Eesti_Teaduste_Akadeemia, lk 83
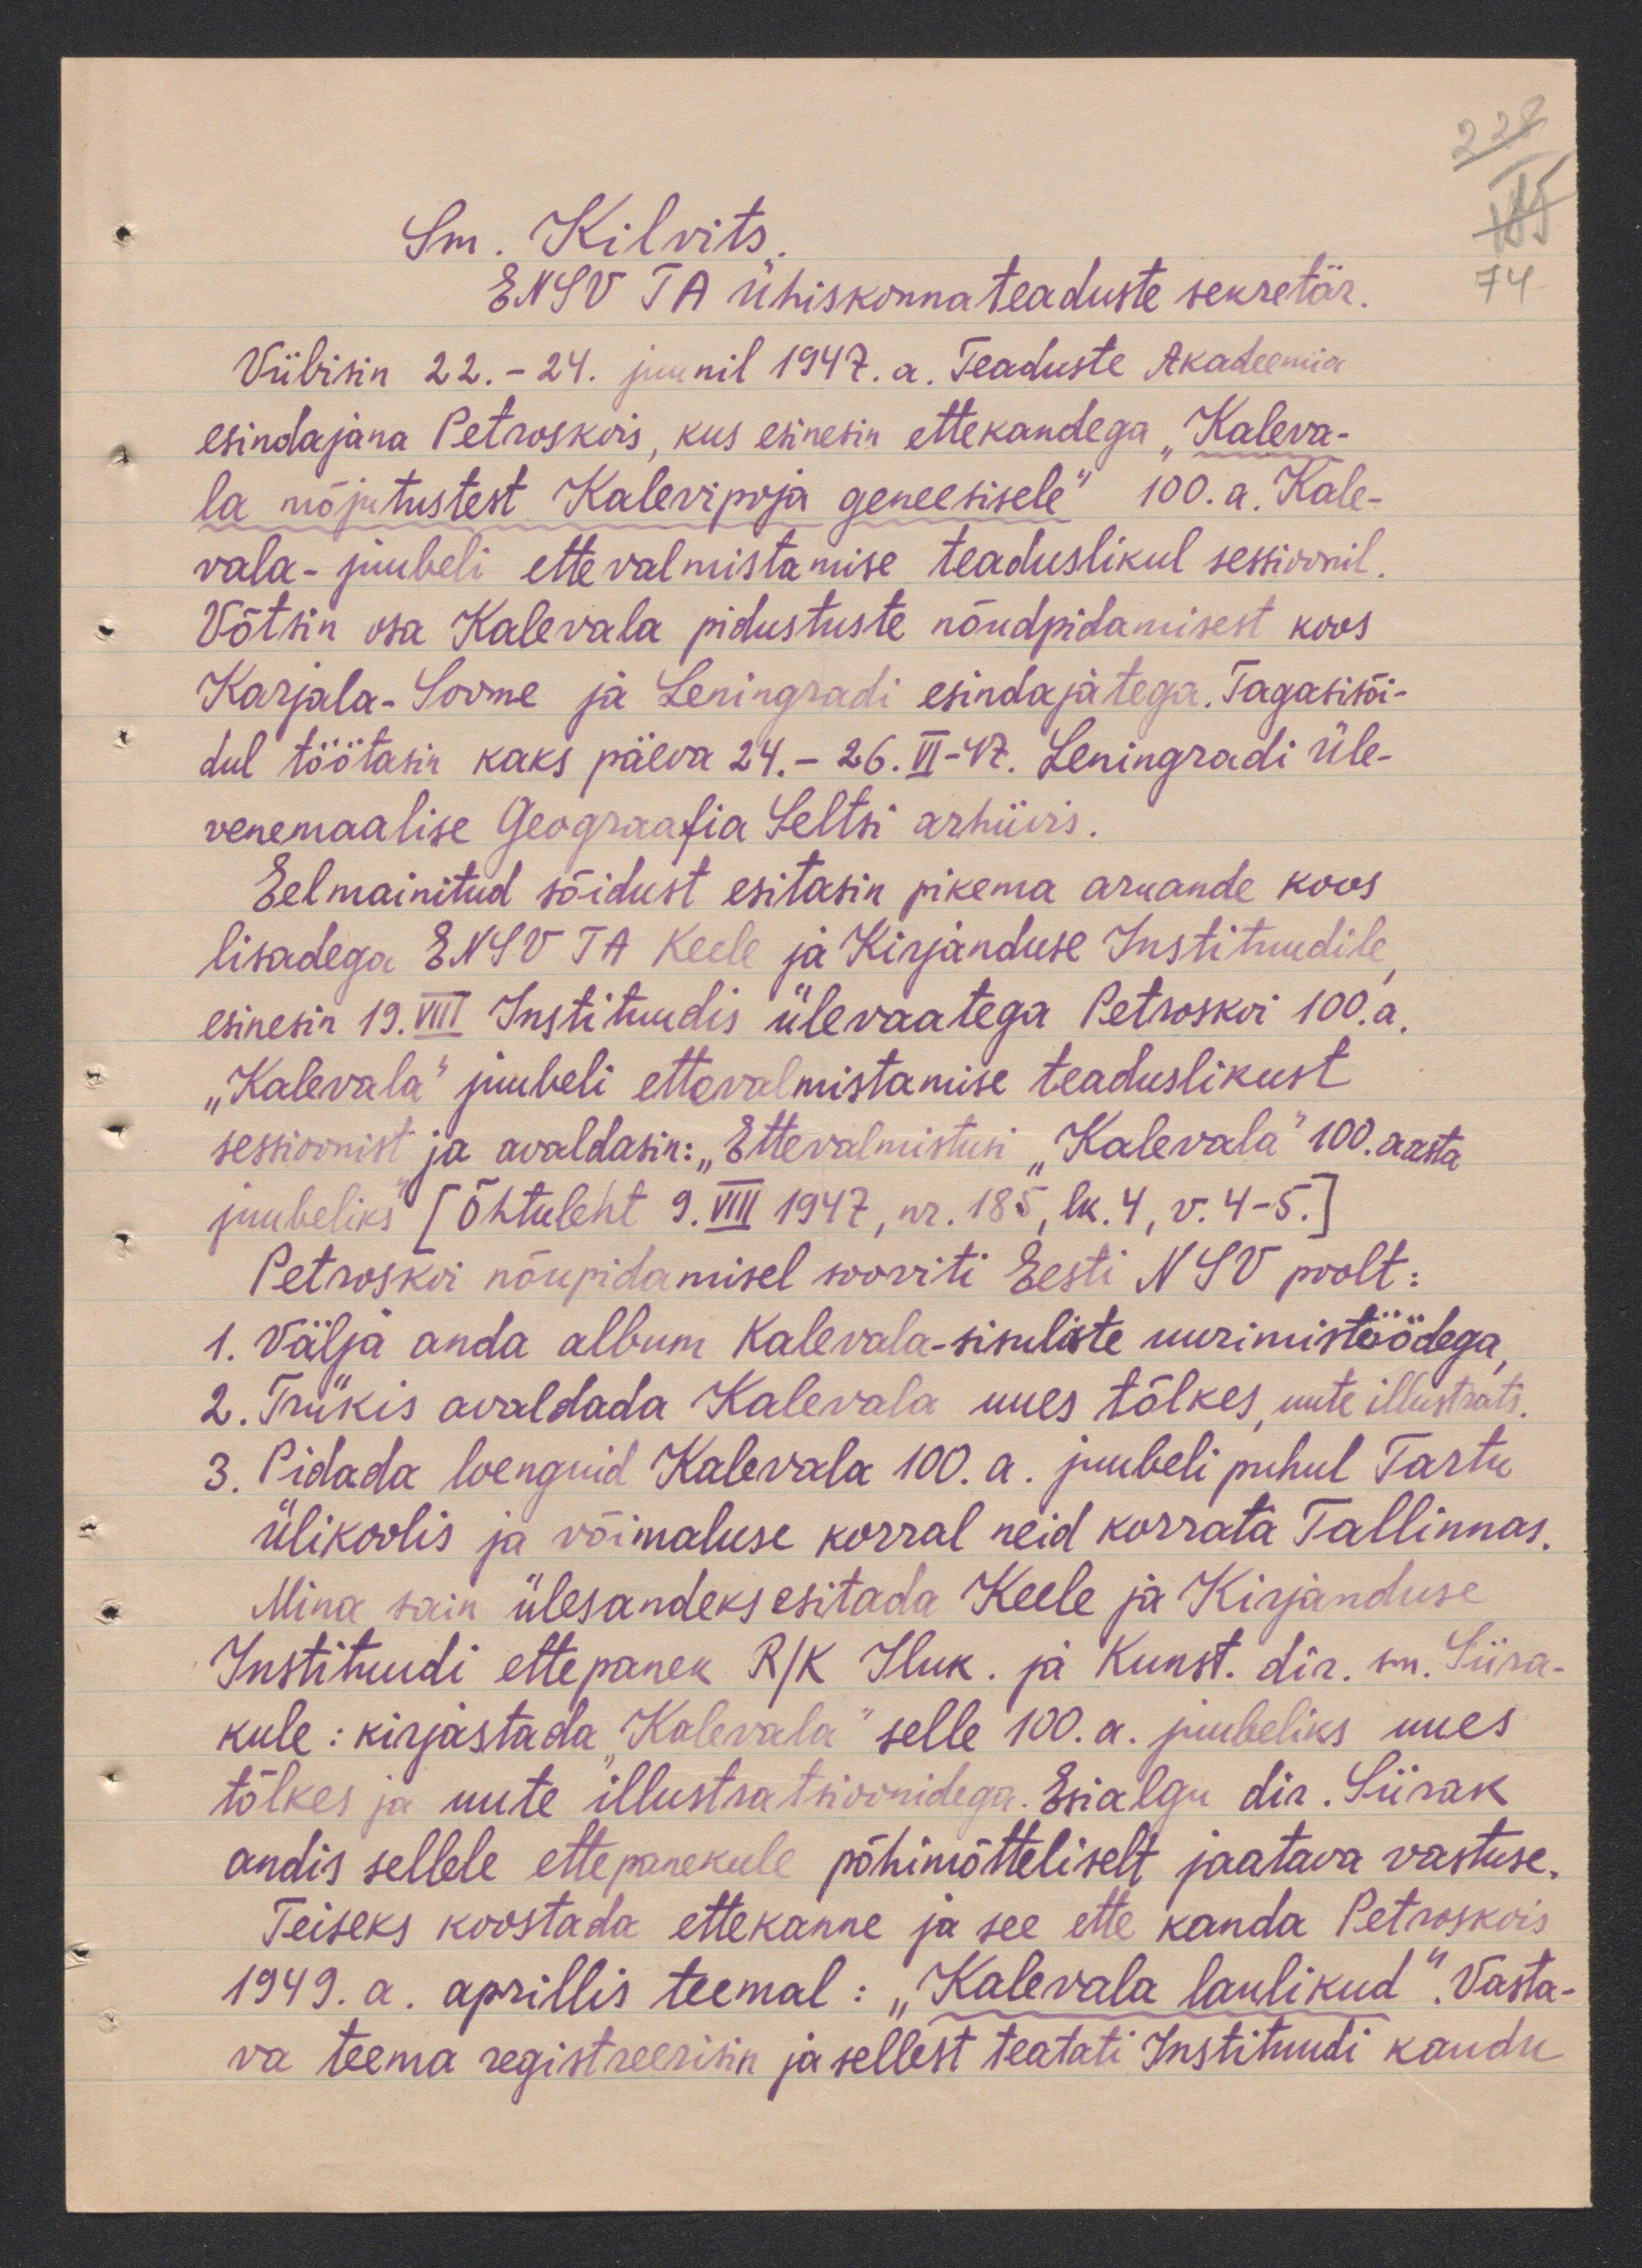
Sm. Kilvits
ENSV TA ühiskonnateaduste sekretär.
Viibisin 22. - 24. juunil 1947. a. Teaduste Akadeemia
esindajana Petroskois, kus esinesin ettekandega "Kaleva-
la mõjutustest Kalevipoja geneesisele" 100.a. Kale-
vala-juubeli ettevalmistamise teaduslikul sessioonil
Võtsin osa Kalevala pidustuste nõudpidamisest koos
Karjala-Soome ja Leningradi esindajatega. Tagasisõi-
dul töötasin kaks päeva 24.-26. VI-47. Leningradi üle-
venemaalise Geograafia Seltsi arhiivis.
Eelmainitud sõidust esitasin pikema aruande koos
lisadega ENSV TA keele ja Kirjanduse Instituudile
esinesin 19.VIII Instituudis ülevaatega Petroskoi 100.a.
"Kalevala" juubeli ettevalmistamise teaduslikust
sessoonist ja avaldasin: "Ettevalmistusi "Kalevala" 100. aasta
juubeliks [Õhtuleht 9. VIII 1947, nr. 185, lk. 4, v. 4-5.]
Petroskoi nõupidamisel sooviti Eesti NSV poolt:
1. välja anda album Kalevala-sisuliste uurimistöödega
2. Trükis avaldada Kalevala uues tõlkes uute illustrats.
3. Pidada loenguid Kalevala 100. a. juubeli puhul Tartu
ülikoolis ja võimaluse korral neid korrata Tallinnas.
Mina sain ülesandeks esitada Keele ja Kirjanduse
Insituudi ettepanek R/K Iluk. ja Kunst. dir. sm. Siira-
kule: kirjastada "Kalevala" selle 100. a. juubeliks uues
tõlkes ja uute illustratsioonidega. Esialgu dir. Siirak
andis sellele ettepanekule põhimõtteliselt jaatava vastuse.
Teiseks koostada ettekanne ja see ette kanda Petroskois
1949. a. aprillis teemal: "Kalevala laulikud". Vasta-
va teema registreerisin ja sellest teatati Instituudi kaudu